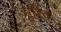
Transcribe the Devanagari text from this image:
मुरिद